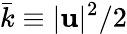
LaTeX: \bar{k}\equiv|\mathbf{u}|^{2}/2